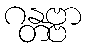
ဂန္တဗ္ဗာ